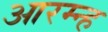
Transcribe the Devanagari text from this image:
आरम्न्ह